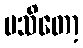
မသိတော့